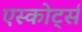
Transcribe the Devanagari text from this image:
एस्कोर्ट्स